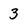
Character: 3